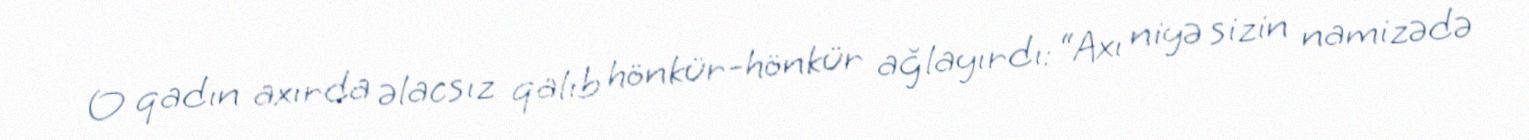
O qadın axırda əlacsız qalıb hönkür-hönkür ağlayırdı: “Axı niyə sizin namizədə